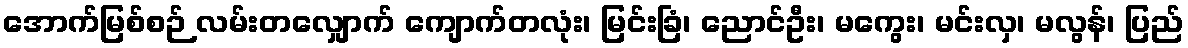
အောက်မြစ်စဉ် လမ်းတလျှောက် ကျောက်တလုံး၊ မြင်းခြံ၊ ညောင်ဦး၊ မကွေး၊ မင်းလှ၊ မလွန်၊ ပြည်